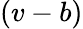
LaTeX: (v-b)